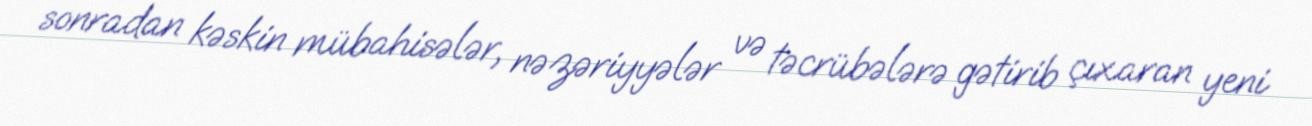
sonradan kəskin mübahisələr, nəzəriyyələr və təcrübələrə gətirib çıxaran yeni